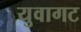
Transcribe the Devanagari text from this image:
युवागट